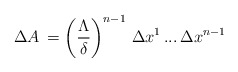
\begin{align*}\,\Delta A \,=\left(\frac{\Lambda}{\delta}\right)^{n-1}\,\Delta x^1 \, ... \, \Delta x^{n-1} \,\end{align*}